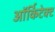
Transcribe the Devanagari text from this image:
ऑर्किटेक्ट